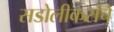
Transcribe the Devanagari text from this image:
सडोलीकरांचे